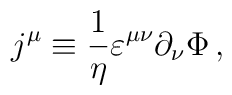
j^\mu \equiv {1 \over \eta} \varepsilon^{\mu \nu} \partial_\nu \Phi \, ,